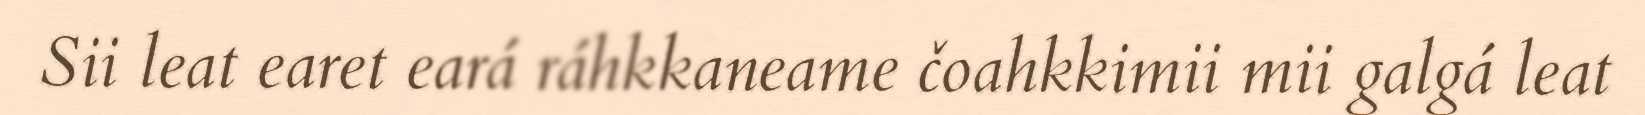
Sii leat earet eará ráhkkaneame čoahkkimii mii galgá leat